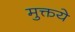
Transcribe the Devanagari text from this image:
मुक्तये